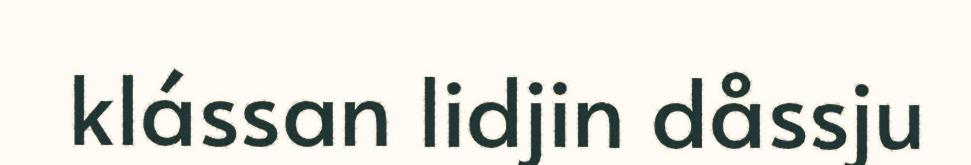
klássan lidjin dåssju